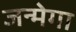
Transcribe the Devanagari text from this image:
जन्मेगा